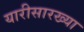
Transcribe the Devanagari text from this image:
यारीसारख्या